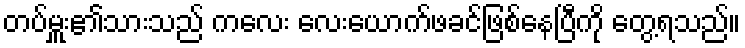
တပ်မှူး၏သားသည် ကလေး လေးယောက်ဖခင်ဖြစ်နေပြီကို တွေ့ရသည်။